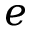
e